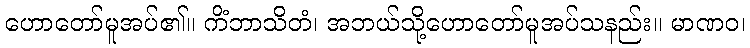
ဟောတော်မူအပ်၏။ ကိံဘာသိတံ၊ အဘယ်သို့ဟောတော်မူအပ်သနည်း။ မာဏဝ၊